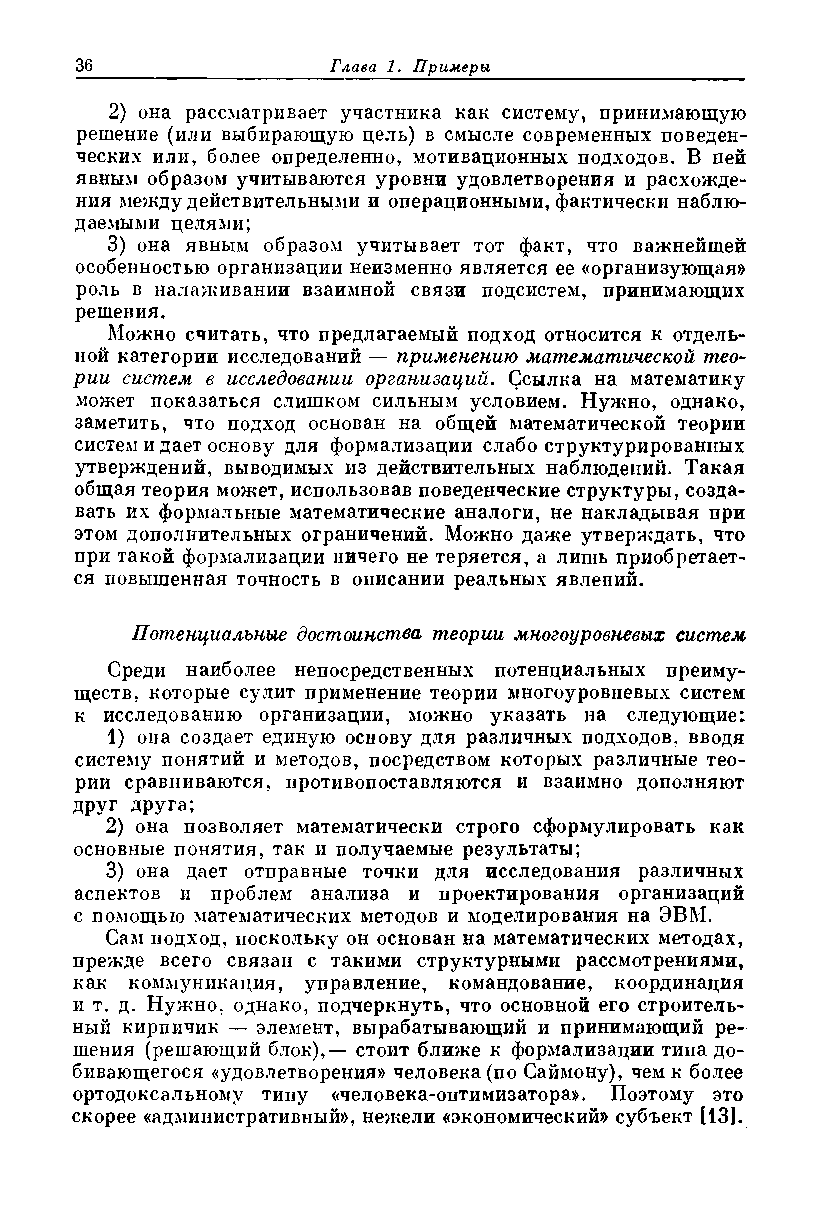
2) она рассматривает участника как систему, принимающую
 решение (или выбирающую цель) в смысле современных поведен­
 ческих или, более определенно, мотивационных подходов. В ней
 явным образом учитываются уровни удовлетворения и расхожде­
 ния .между действительными и операционными, фактически наблю­
 даемыми целями;
 3) она явным образом учитывает тот факт, что важнейшей
 особенностью организации неизменно является ее «организующая»
 роль в налаживании взаимной связи подсистем, принимающих
 решения.
 Можно считать, что предлагаемый подход относится к отдель­
 ной категории исследований — применению математической тео­
 рии систем в исследовании организаций. Ссылка на математику
 может показаться слишком сильным условием. Нужно, однако,
 заметить, что подход основан на общей математической теории
 систем и дает основу для формализации слабо структурированных
 утверждений, выводимых из действительных наблюдений. Такая
 общая теория может, использовав поведенческие структуры, созда­
 вать их формальные математические аналоги, не накладывая при
 этом дополнительных ограничений. Можно даже утверждать, что
 при такой формализации ничего не теряется, а лишь приобретает­
 ся повышенная точность в описании реальных явлений.
 Потенциальные достоинства теории многоуровневых систем
 Среди наиболее непосредственных потенциальных преиму­
 ществ, которые сулит применение теории многоуровневых систем
 к исследованию организации, можно указать на следующие:
 1) она создает единую основу для различных подходов, вводя
 систему понятий и методов, посредством которых различные тео­
 рии сравниваются, противопоставляются и взаимно дополняют
 друг друга;
 2) она позволяет математически строго сформулировать как
 основные понятия, так и получаемые результаты;
 3) она дает отправные точки для исследования различных
 аспектов и проблем анализа и проектирования организаций
 с помощью математических методов и моделирования на ЭВМ.
 Сам подход, поскольку он основан на математических методах,
 прежде всего связан с такими структурными рассмотрениями,
 как коммуникация, управление, командование, координация
 и т. д. Нужно, однако, подчеркнуть, что основной его строитель­
 ный кирпичик — элемент, вырабатывающий и принимающий ре­
 шения (решающий блок),— стоит ближе к формализации типа до­
 бивающегося «удовлетворения» человека (по Саймону), чем к более
 ортодоксальному типу «человека-оптимизатора». Поэтому это
 скорее «административный», нежели «экономический» субъект [13].